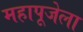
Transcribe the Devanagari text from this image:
महापूजेला